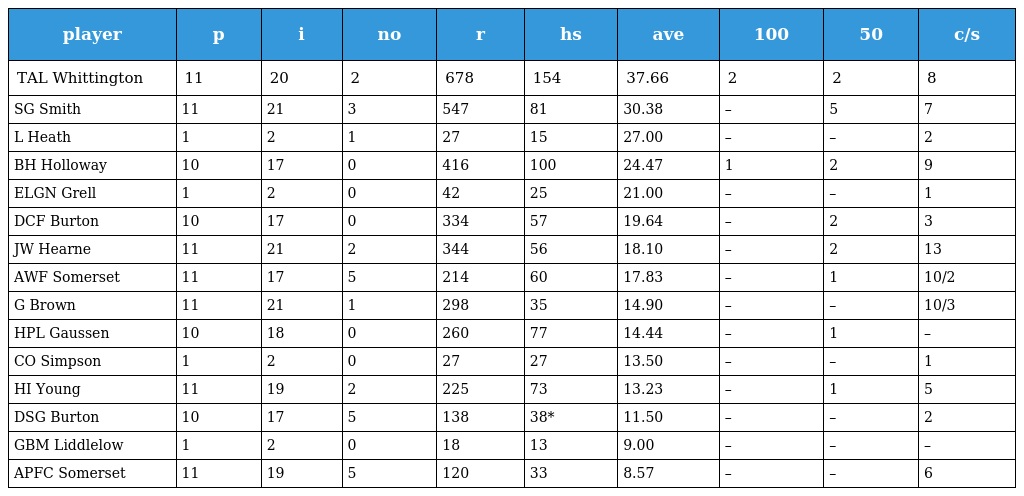
| player | p | i | no | r | hs | ave | 100 | 50 | c/s |
 | --- | --- | --- | --- | --- | --- | --- | --- | --- | --- |
 | TAL Whittington | 11 | 20 | 2 | 678 | 154 | 37.66 | 2 | 2 | 8 |
 | SG Smith | 11 | 21 | 3 | 547 | 81 | 30.38 | – | 5 | 7 |
 | L Heath | 1 | 2 | 1 | 27 | 15 | 27.00 | – | – | 2 |
 | BH Holloway | 10 | 17 | 0 | 416 | 100 | 24.47 | 1 | 2 | 9 |
 | ELGN Grell | 1 | 2 | 0 | 42 | 25 | 21.00 | – | – | 1 |
 | DCF Burton | 10 | 17 | 0 | 334 | 57 | 19.64 | – | 2 | 3 |
 | JW Hearne | 11 | 21 | 2 | 344 | 56 | 18.10 | – | 2 | 13 |
 | AWF Somerset | 11 | 17 | 5 | 214 | 60 | 17.83 | – | 1 | 10/2 |
 | G Brown | 11 | 21 | 1 | 298 | 35 | 14.90 | – | – | 10/3 |
 | HPL Gaussen | 10 | 18 | 0 | 260 | 77 | 14.44 | – | 1 | – |
 | CO Simpson | 1 | 2 | 0 | 27 | 27 | 13.50 | – | – | 1 |
 | HI Young | 11 | 19 | 2 | 225 | 73 | 13.23 | – | 1 | 5 |
 | DSG Burton | 10 | 17 | 5 | 138 | 38* | 11.50 | – | – | 2 |
 | GBM Liddlelow | 1 | 2 | 0 | 18 | 13 | 9.00 | – | – | – |
 | APFC Somerset | 11 | 19 | 5 | 120 | 33 | 8.57 | – | – | 6 |